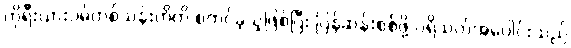
ကိုရီးယားဝမ်တစ်သန်းတိတိ စတင်ခဲ့သူဖြစ်ပြီး ပြန်ဆန်းစစ်ဖို့ ပရိသတ်အပေါင်းသည်